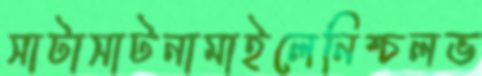
সাটাসাটনামাইলেনিশ্চলভ